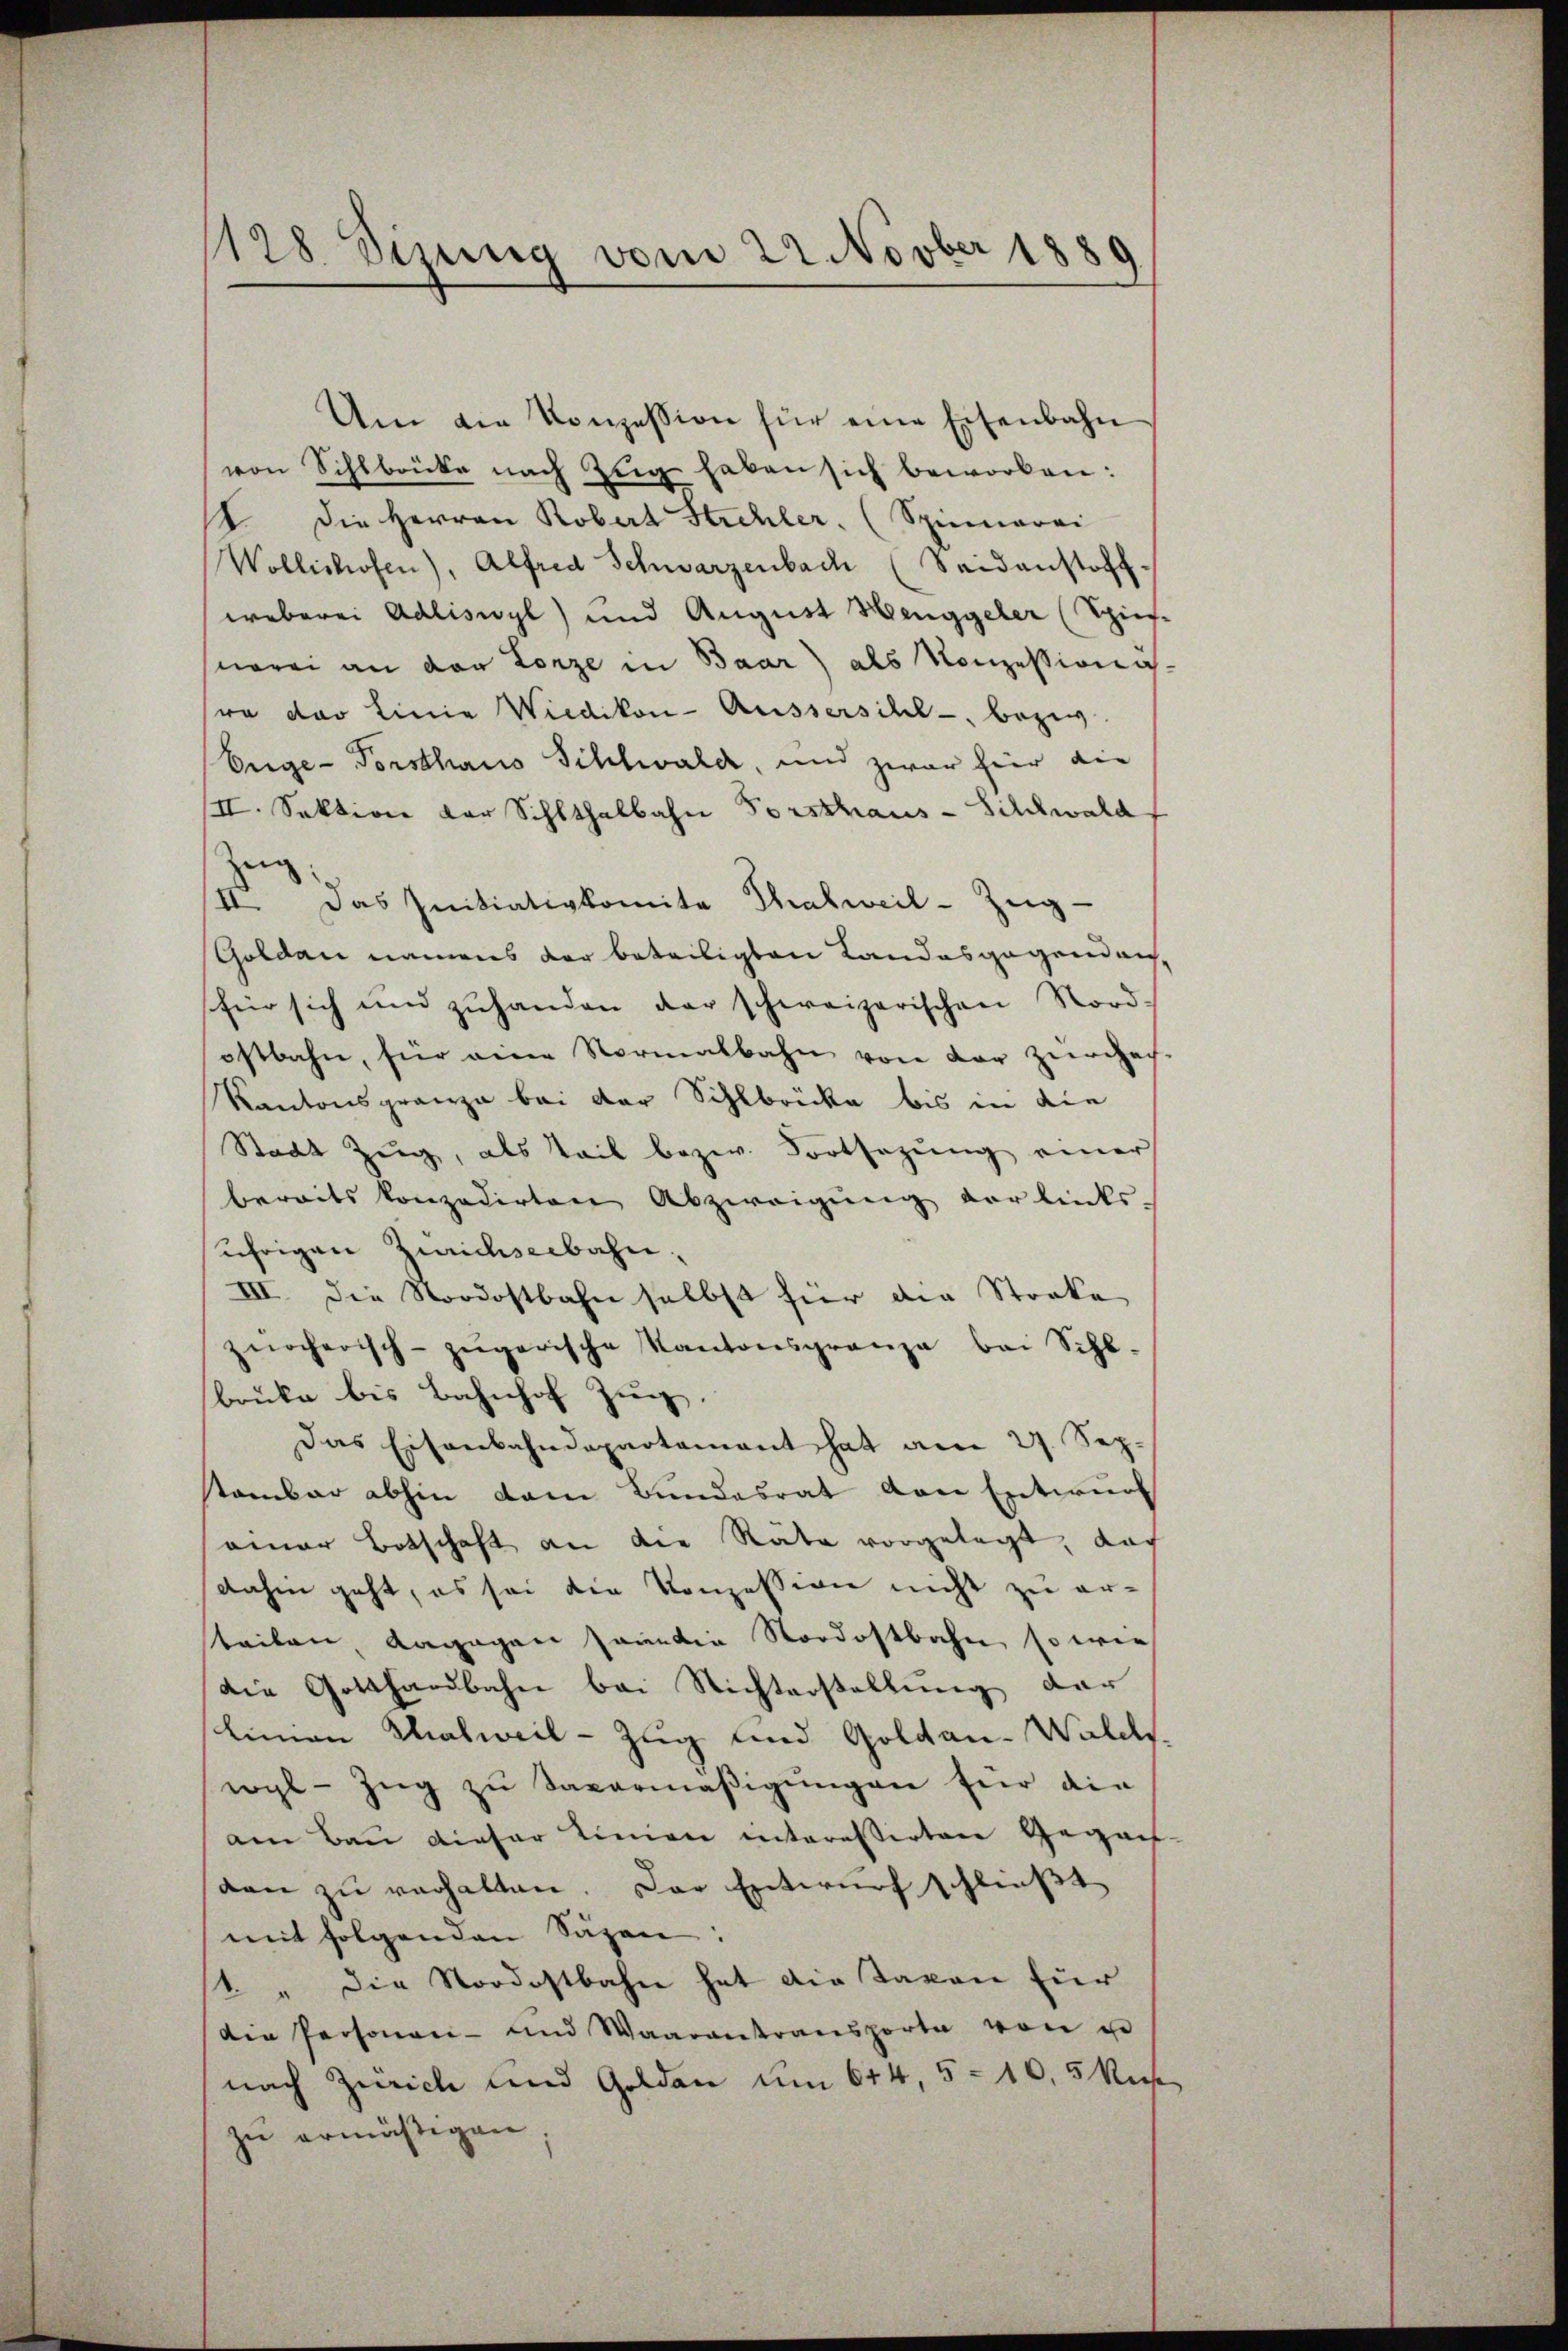
128 Sizung vom 22 Novber 1889

Um die Konzession für eine Eisenbahn
von Sihlbrücke nach Zŭg haben sich beworben:
 die Herren Robert Strehler. (Spinnerei
Wollishofen), Alfred Schwarzenbach (Seidanstoff
weberei Adliswyl) und August Henggeler (Sief-
norei an der Lorze in Baar) als Konzessionawa das Linie Wiedikon-Aussersihl - bezi
Eege-Vorsthaus Sihlwald, und zwar hier die
II. Sektion der Sihlthalbahn Forsthaus-Silchwald
Zeig
II. Das Initiativkomita Thalweil-Zŭg-
Goldau namens der beteiligten Landesgegend auffür sich und zŭhanden der schweizerischen Nord-
ostbahn, für eine Normalbahn von der Zürchach-
Kantonsgrenze bei der Sihlbrücke bis in die
Stadt Zŭg, als Teil bezw. Fortsezung einer
bereits konzedirten Abzweigung vor links-
ährigen Zürichseebahn¬
III. Die Nordostbahn selbst für die Stocke
zürcherisch- zŭgerische Kantonsgrenza bei Schl-
brücke bis Bahnhof Zug.
Das Eisenbahndepartement hat am 27. Sepstambar abhin dem Bundesrat von Entwurf
einer Botschaft an die Räte vorgelegt, das
dahin geht, es sei die Konzession nicht zu er-
teilen, dagegen Hanndie Nordostbahn, so wie
die Gotthardbahn bei Nichterstellung der
linen Malweil-Zug und Goldau-Walds.
wyl-Zŭg zŭ Savarmäβigŭngen für die
am Bau dieser Linien interessirten Gegen
dan zu verhalten. Das Entwurf schließt
mit folgenden Säzen:
1. " Die Nordostbahn hat die Taxen für
die Personen- und Waarantransporte von u
nach Zürich und Golden um 614, 5 - 10,5 Kuh
zŭ ermäßigen.